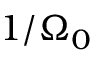
1 / \Omega _ { 0 }